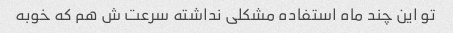
تو این چند ماه استفاده مشکلی نداشته سرعت ش هم که خوبه